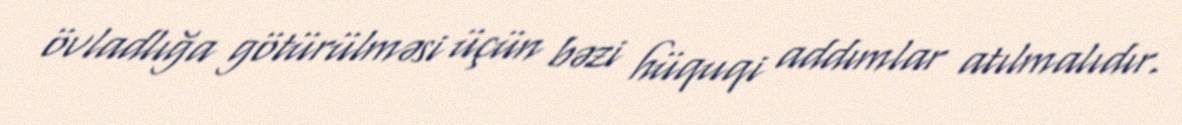
övladlığa götürülməsi üçün bəzi hüquqi addımlar atılmalıdır.